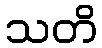
သတိ